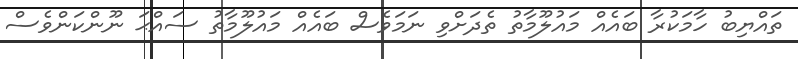
ތައްޔިބު ހާމަކުރާ ބައެއް މައުލޫމާތު ތެދަށްވި ނަމަވެސް ބައެއް މައުލޫމާތު ސައްޙަ ނޫންކަންވެސް